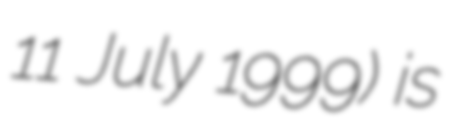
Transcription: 11 July 1999) is